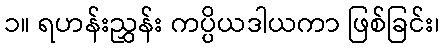
၁။ ရဟန်းညွှန်း ကပ္ပိယဒါယကာ ဖြစ်ခြင်း၊